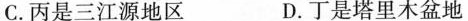
C. 丙是三江源地区 D. 丁是塔里木盆地